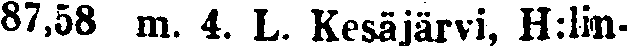
87,58 m. 4. L. Kesäjärvi, H:lin-